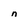
Character: n